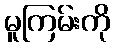
မူကြမ်းကို